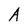
Character: A